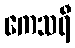
ကေသရီ